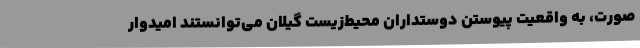
صورت، به واقعیت پیوستن دوستداران محیط‌زیست گیلان می‌توانستند امیدوار